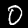
Digit: 0